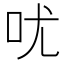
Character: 㕱